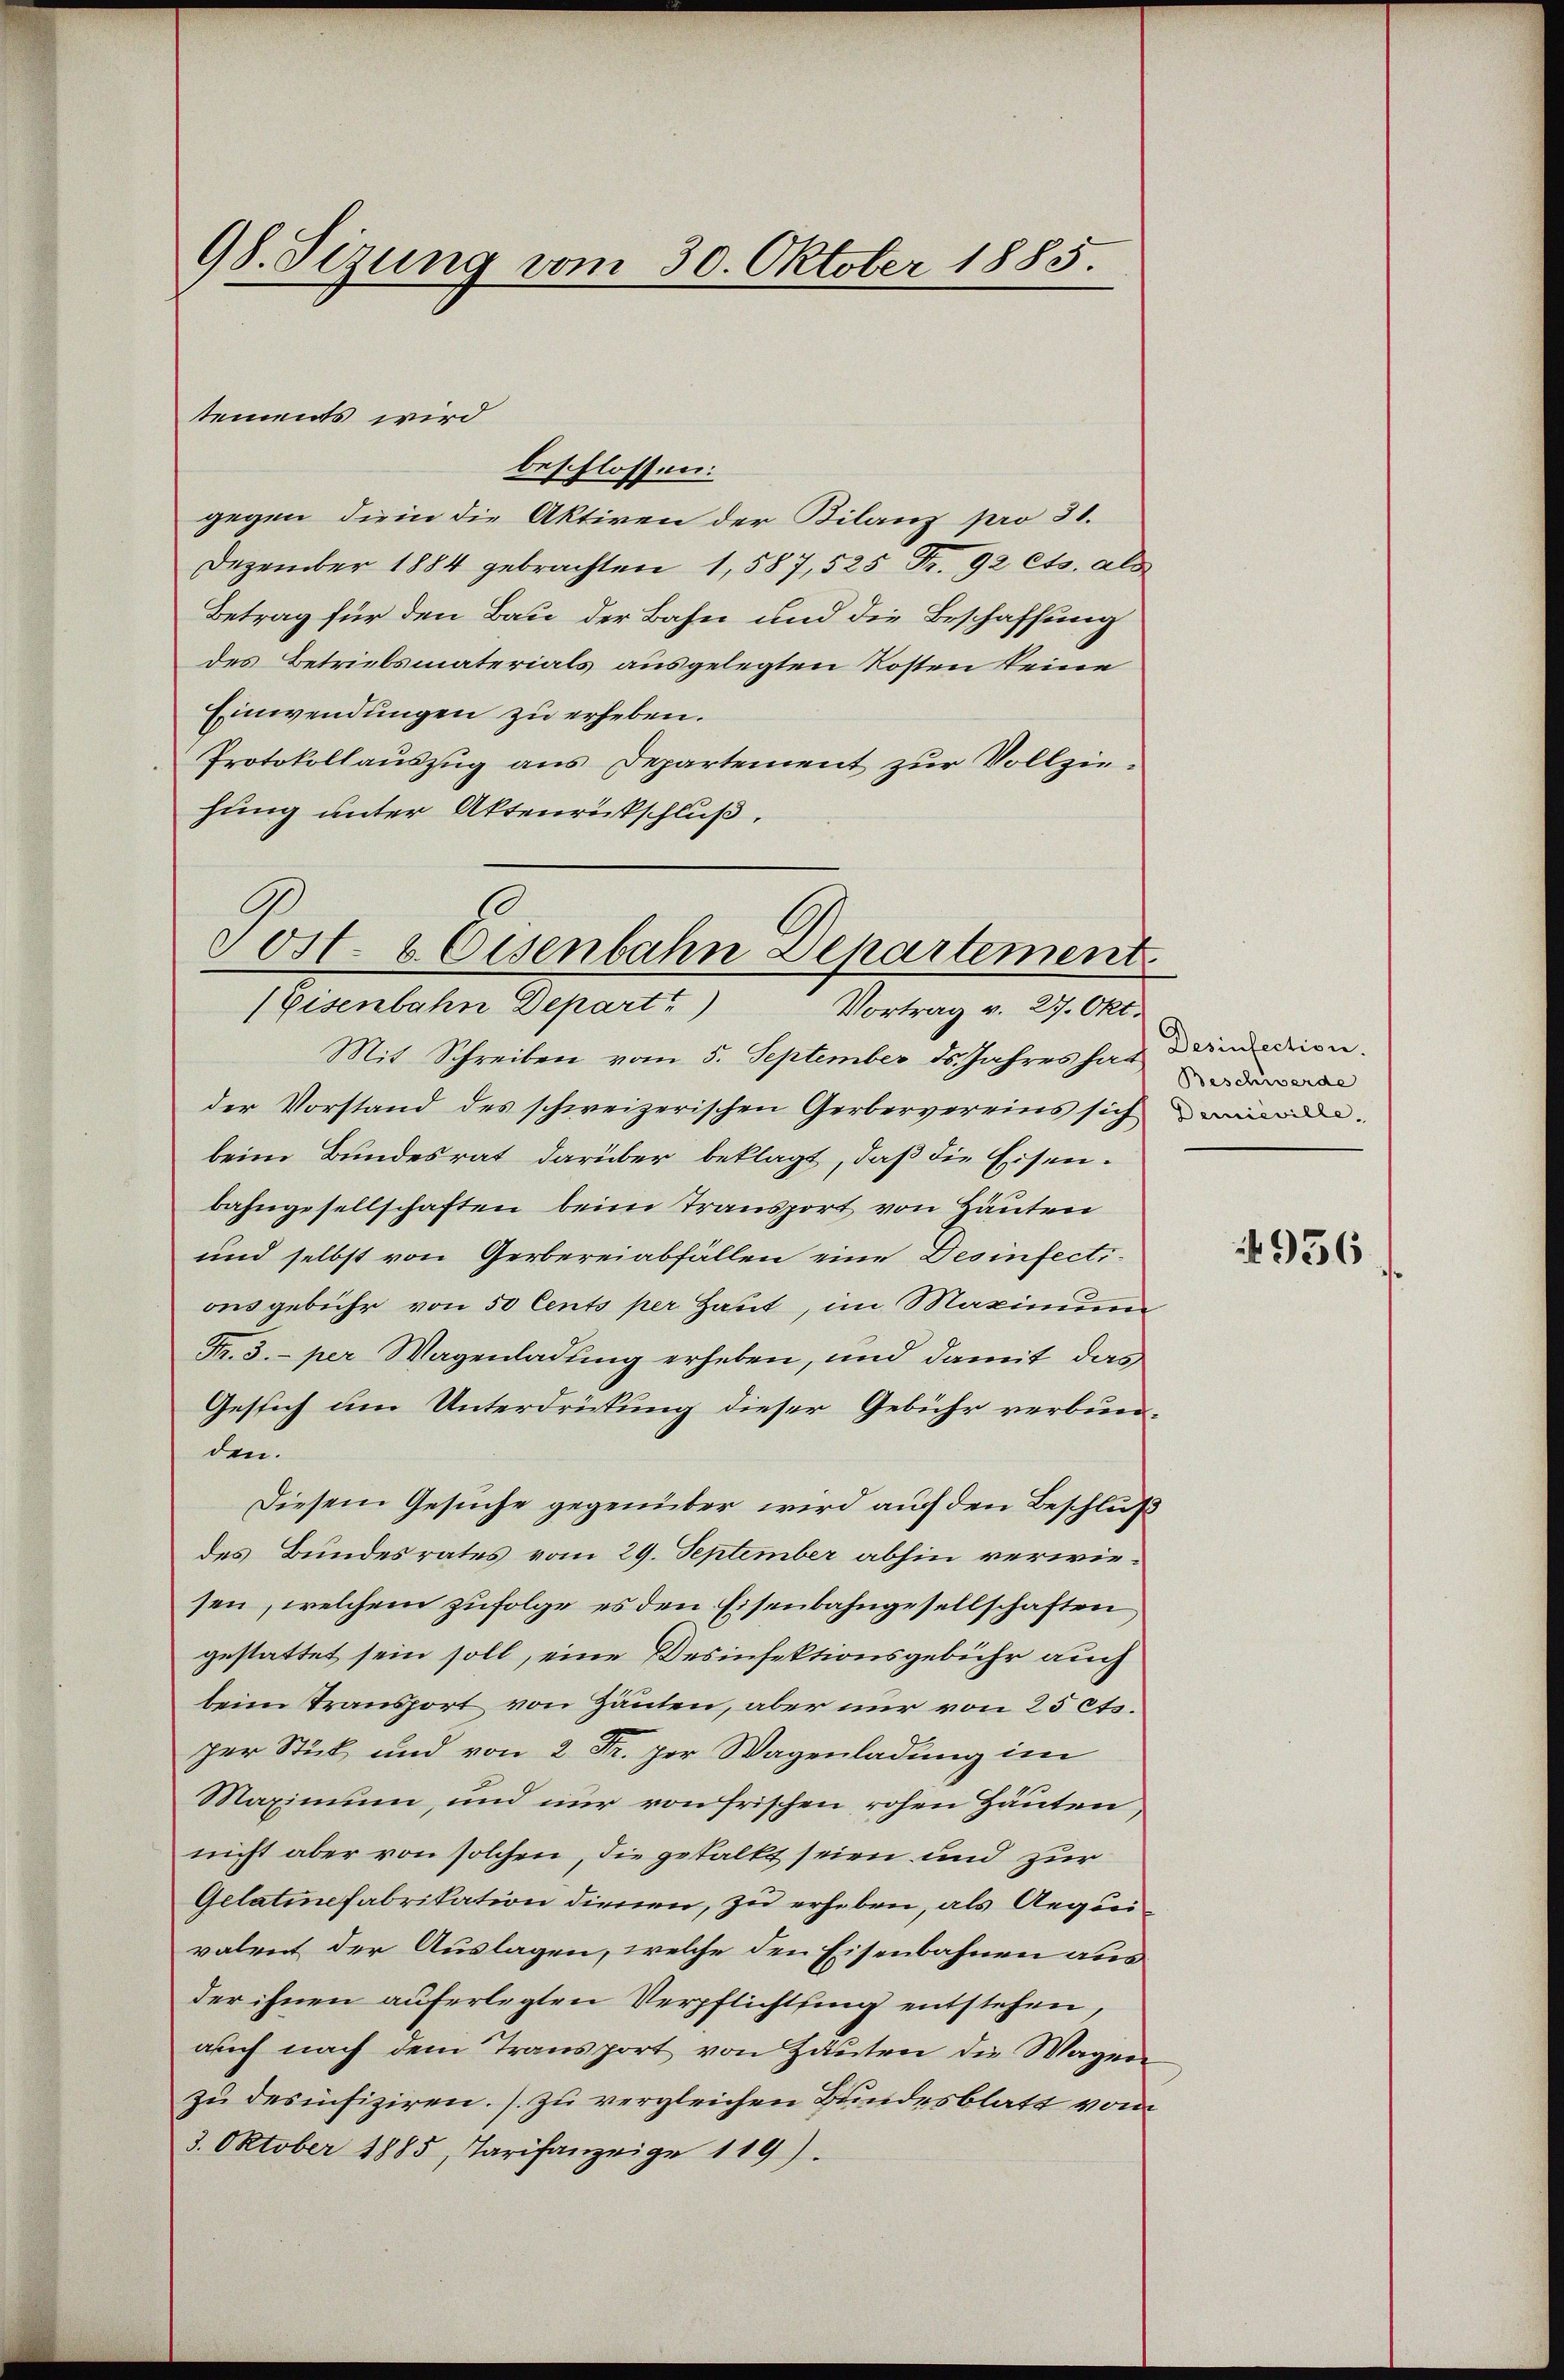
98. Sizung vom 30. Oktober 1885.

tements wird
beschlossen:
gegen die in die Aktiven der Bilanz pro 31.
Dezember 1884 gebrachten 1, 587, 525 Fr. 92 Cts. als
Betrag für den Bau der Bahn und die Beschaffung
des Betriebsmaterials ausgelegten Kosten keine
Einwendungen zu erheben.
Protokollauszug aus Departement zur Vollziehung unter Aktenrückschluß.
Mit Schreiben vom 5. September ds Jahres har Drinderien.
der Vorstand des schweizerischen Gerbervereins sich der
beim Bundesrat darüber beklagt, daß die Eisenbahngesellschaften beim Transport von Häuten
und selbst von Gerbereiabfällen eine Desinfectionsgebühr von 50 Cents per Haut, im Maximum
Fr. 3. per Wagenladung erheben, und damit das
Gesich um Unterdrückung dieser Gebühr verbunden.
Diesem Gesuche gegenüber wird auf den Beschluß
des Bundesrates vom 29. September abhin verwiesen, welchem zufolge es den Eisenbahngesellschaften
gestattet sein soll, eine Desinfektionsgebühr auch
beim Transport von Häuten, aber nur von 25 cts.
per Stick und von 2 Fr. per Wagenladung im
Maximum, und nur von frischen rohen Häuten,
nicht aber von solchen, die gestalkt seien und zur
Gelatinefabrikation dienen, zu erheben, als Aequi
valent der Auslagen, welche den Eisenbahnen aus
der ihnen auferlegten Verpflichtung entstehen,
auch nach dem Transport von Häuten die Wagen
zu desinfiziren. (zu vergleichen Bundesblatt von
3. Oktober 1885, Tarifanzeige 119).

)
Sost- & Eisenbahn Departement.
(Eisenbahne Depart.)
Vortrag v. 27. Okt.

Beschwerde

4956